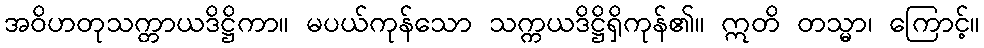
အဝိဟတုသက္တာယဒိဋ္ဌိကာ။ မပယ်ကုန်သော သက္ကယဒိဋ္ဌိရှိကုန်၏။ ဣတိ တသ္မာ၊ ကြောင့်။